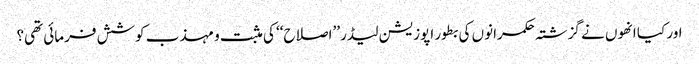
اور کیا انھوں نے گزشتہ حکمرانوں کی بطور اپوزیشن لیڈر ’’اصلاح‘‘ کی مثبت و مہذب کوشش فرمائی تھی؟